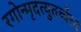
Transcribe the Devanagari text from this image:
रगोन्मृदत्युतच्चैरव